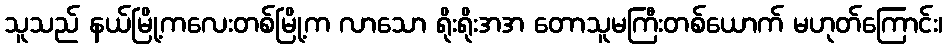
သူသည် နယ်မြို့ကလေးတစ်မြို့က လာသော ရိုးရိုးအအ တောသူမကြီးတစ်ယောက် မဟုတ်ကြောင်း၊